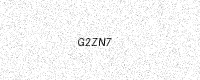
Text: G2ZN7